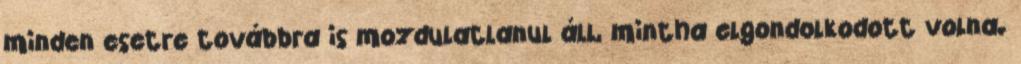
minden esetre továbbra is mozdulatlanul áll, mintha elgondolkodott volna.